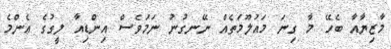
މާޒިޔާއާ ބެހޭ މާ ގިނަ މައުލޫމަތެއް ނޭނގުނު ނަމަވެސް އިންޑިއާ ލީގުގެ އެންމެ